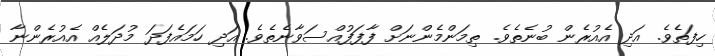
ހިފަތެވެ. އަދި އެއުރެން ބުނެތެވެ. ތިމަންމެންނަށް ފާފަފުއްސަވާނެތެވެ. އަދި ހަމައެފަދަ މުދަލެއް އެއުރެންނާ